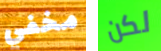
مخفي لكن